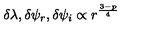
\delta \lambda , \delta \psi _ { r } , \delta \psi _ { i } \propto r ^ { \frac { 3 - p } { 4 } }